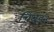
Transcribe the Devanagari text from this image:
चिथड़न